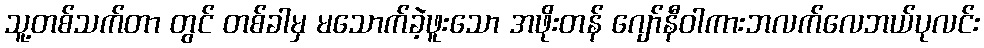
သူ့တစ်သက်တာ တွင် တစ်ခါမှ မသောက်ခဲ့ဖူးသော အဖိုးတန် ဂျော်နီဝါကားဘလက်လေဘယ်ပုလင်း